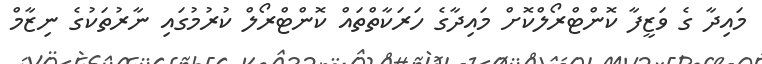
މައިދާ ގެ ވަޒީފާ ކޮންޓްރޯލްކޮށް މައިދާގެ ހަރަކާތްތައް ކޮންޓްރޯލް ކުރުމުގައި ނާރުތަކުގެ ނިޒާމް